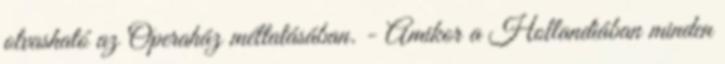
olvasható az Operaház méltatásában. - Amikor a Hollandiában minden